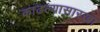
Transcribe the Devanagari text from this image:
काढल्यासारखा